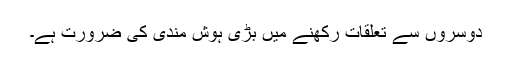
دوسروں سے تعلقات رکھنے میں بڑی ہوش مندی کی ضرورت ہے۔